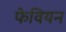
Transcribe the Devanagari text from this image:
फेवियन